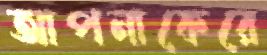
আপনাকেরে